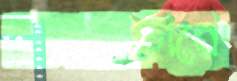
সালামনগরে